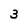
Character: 3